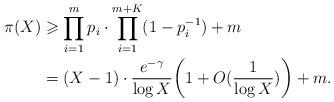
LaTeX: \begin{align*}\pi(X)&\geqslant\prod_{i=1}^{m}p_i\cdot\prod_{i=1}^{m+K}(1-p_{i}^{-1})+m\\&=(X-1)\cdot\frac{e^{-\gamma}}{\log X}\biggl(1+O(\frac{1}{\log X})\biggr)+m.\end{align*}